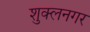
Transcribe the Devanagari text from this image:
शुक्लनगर